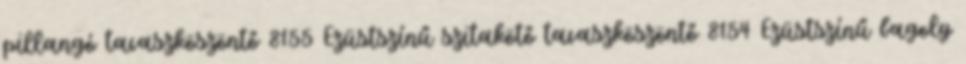
pillangó tavaszköszöntő 8155 Ezüstszínű szitakötő tavaszköszöntő 8154 Ezüstszínű bagoly